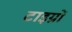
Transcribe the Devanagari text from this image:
टाइग्रों